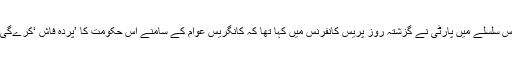
اس سلسلے میں پارٹی نے گزشتہ روز پریس کانفرنس میں کہا تھا کہ کانگریس عوام کے سامنے اس حکومت کا ’پردہ فاش ‘کرے‌گی۔